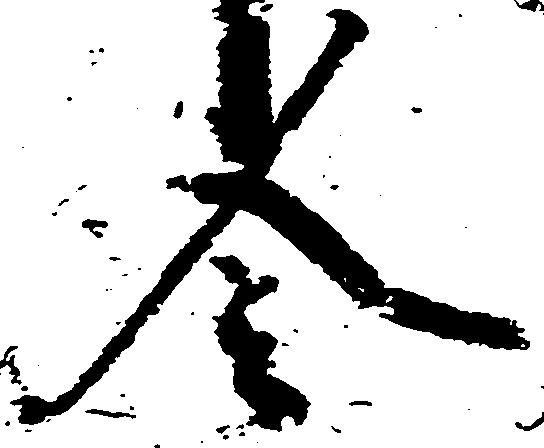
令